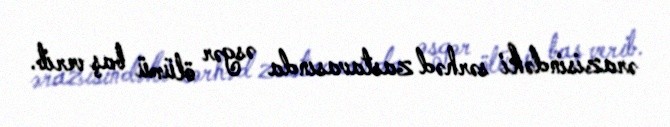
ərazisindəki sərhəd zastavasında əsgər ölümü baş verib.